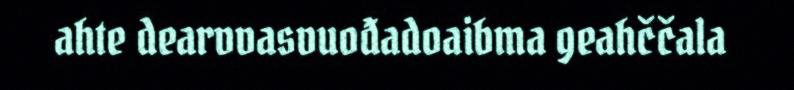
ahte dearvvasvuođadoaibma geahččala